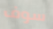
سوف